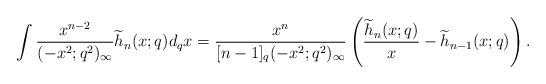
LaTeX: \begin{align*} &\int \frac{x^{n-2}}{(-x^2;q^2)_\infty} \widetilde{h}_n(x;q) d_qx= \frac{ x^n}{[n-1]_q(-x^2;q^2)_\infty}\left( \frac{ \widetilde{h}_n(x;q)}{x}- \widetilde{h}_{n-1}(x;q)\right). \end{align*}